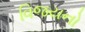
વિજયનો